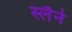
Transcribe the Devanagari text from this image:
स्लैने